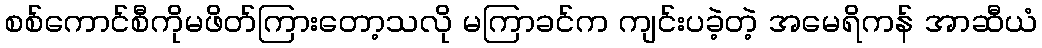
စစ်ကောင်စီကိုမဖိတ်ကြားတော့သလို မကြာခင်က ကျင်းပခဲ့တဲ့ အမေရိကန် အာဆီယံ